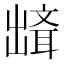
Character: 𰄘